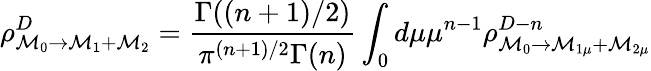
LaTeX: \rho_{\mathcal{M}_{0}\rightarrow\mathcal{M}_{1}+\mathcal{M}_{2}}^{D}=\frac{{\Gamma((n+1)/2)}}{{\pi^{(n+1)/2}\Gamma(n)}}\int_{0}d\mu\mu^{n-1}\rho_{\mathcal{M}_{0}\rightarrow\mathcal{M}_{1\mu}+\mathcal{M}_{2\mu}}^{D-n}